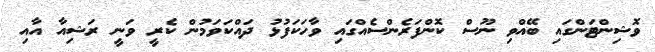
ވޮޝިންޓަންގައި ބޭއްވި ނޫސް ކޮންފަރެންސެއްގައި ވާހަކަފުޅު ދައްކަވަމުން ކެރީ ވަނީ ރަޝިއާ އާއި